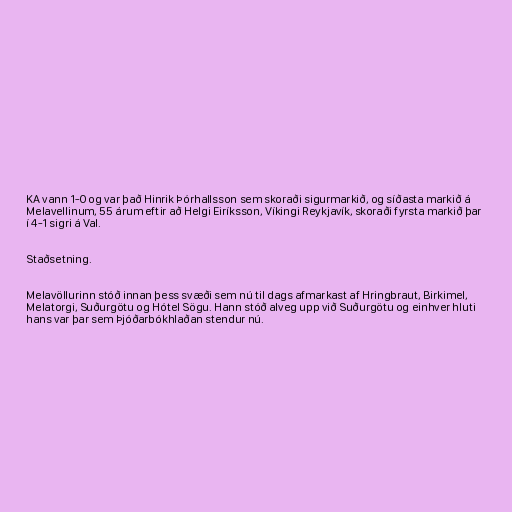
KA vann 1-0 og var það Hinrik Þórhallsson sem skoraði sigurmarkið, og síðasta markið á
Melavellinum, 55 árum eftir að Helgi Eiríksson, Víkingi Reykjavík, skoraði fyrsta markið þar
í 4-1 sigri á Val.

Staðsetning.

Melavöllurinn stóð innan þess svæði sem nú til dags afmarkast af Hringbraut, Birkimel,
Melatorgi, Suðurgötu og Hótel Sögu. Hann stóð alveg upp við Suðurgötu og einhver hluti
hans var þar sem Þjóðarbókhlaðan stendur nú.